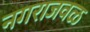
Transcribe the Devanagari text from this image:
नगराजवळ